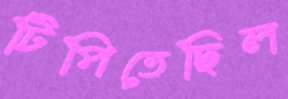
টিপিতেছিল